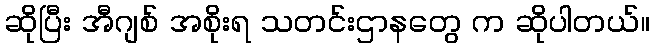
ဆိုပြီး အီဂျစ် အစိုးရ သတင်းဌာနတွေ က ဆိုပါတယ်။